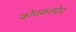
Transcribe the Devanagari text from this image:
कोवकलदेव